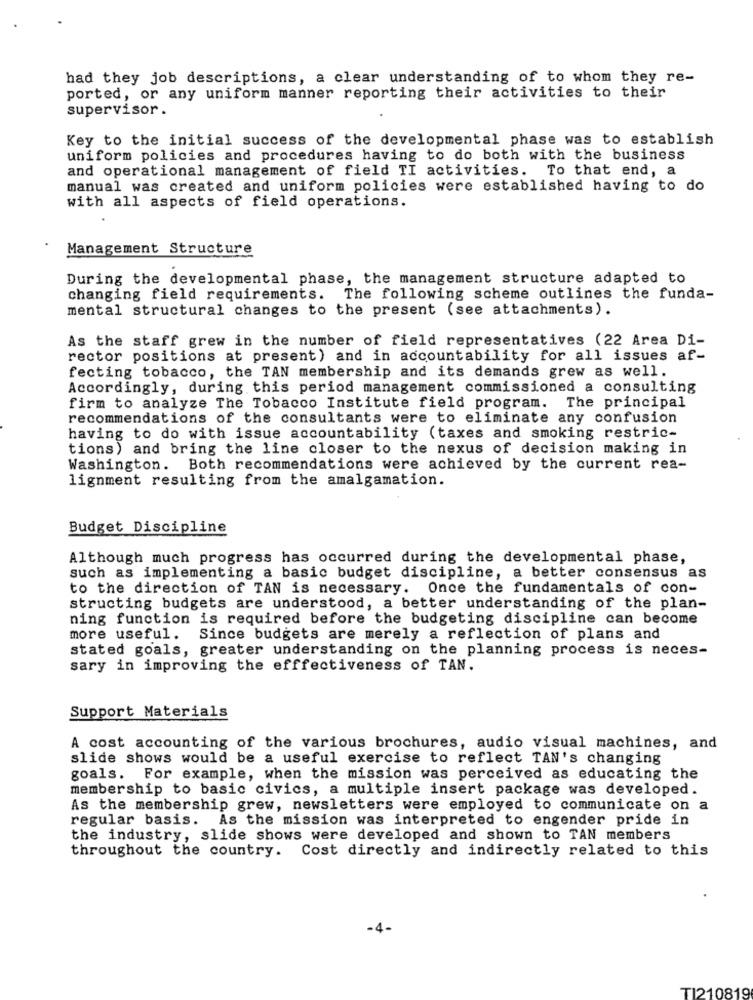
had they job descriptions, a clear understanding of to whom they re-
ported, or any uniform manner reporting their activities to their
supervisor .
Key to the initial success of the developmental phase was to establish
uniform policies and procedures having to do both with the business
and operational management of field TI activities. To that end, a
manual was created and uniform policies were established having to do
with all aspects of field operations.
Management Structure
During the developmental phase, the management structure adapted to
changing field requirements. The following scheme outlines the funda-
mental structural changes to the present (see attachments).
As the staff grew in the number of field representatives (22 Area Di-
rector positions at present) and in accountability for all issues af-
fecting tobacco, the TAN membership and its demands grew as well.
Accordingly, during this period management commissioned a consulting
firm to analyze The Tobacco Institute field program. The principal
recommendations of the consultants were to eliminate any confusion
having to do with issue accountability (taxes and smoking restric-
tions) and bring the line closer to the nexus of decision making in
Washington. Both recommendations were achieved by the current rea-
lignment resulting from the amalgamation.
Budget Discipline
Although much progress has occurred during the developmental phase,
such as implementing a basic budget discipline, a better consensus as
to the direction of TAN is necessary. Once the fundamentals of con-
structing budgets are understood, a better understanding of the plan-
ning function is required before the budgeting discipline can become
more useful.
Since budgets are merely a reflection of plans and
stated goals, greater understanding on the planning process is neces-
sary in improving the efffectiveness of TAN.
Support Materials
A cost accounting of the various brochures, audio visual machines, and
slide shows would be a useful exercise to reflect TAN's changing
goals. For example, when the mission was perceived as educating the
membership to basic civics, a multiple insert package was developed.
As the membership grew, newsletters were employed to communicate on a
regular basis. As the mission was interpreted to engender pride in
the industry, slide shows were developed and shown to TAN members
throughout the country. Cost directly and indirectly related to this
-4-
TI210819